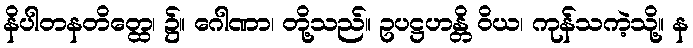
နိပါတနတိတ္ထေ၊ ၌။ ဂေါဏာ၊ တို့သည်။ ဥပဋ္ဌဟန္တိ ဝိယ၊ ကုန်သကဲ့သို့။ န